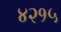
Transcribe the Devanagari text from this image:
४२१५